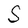
Character: S